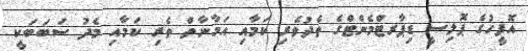
އޮފީހުގެ ޕޮލިސީ ޑިޕާރޓްމެންޓްގެ ތެދުވެރި ކަމާއި އަމާނާތް ތެރި ކަމާއި މެދު ސަބަބަކީ